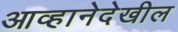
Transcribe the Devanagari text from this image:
आव्हानेदेखील